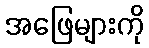
အဖြေများကို